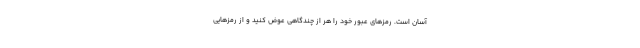
آسان است. رمزهای عبور خود را هر از چندگاهی عوض کنید و از رمزهایی